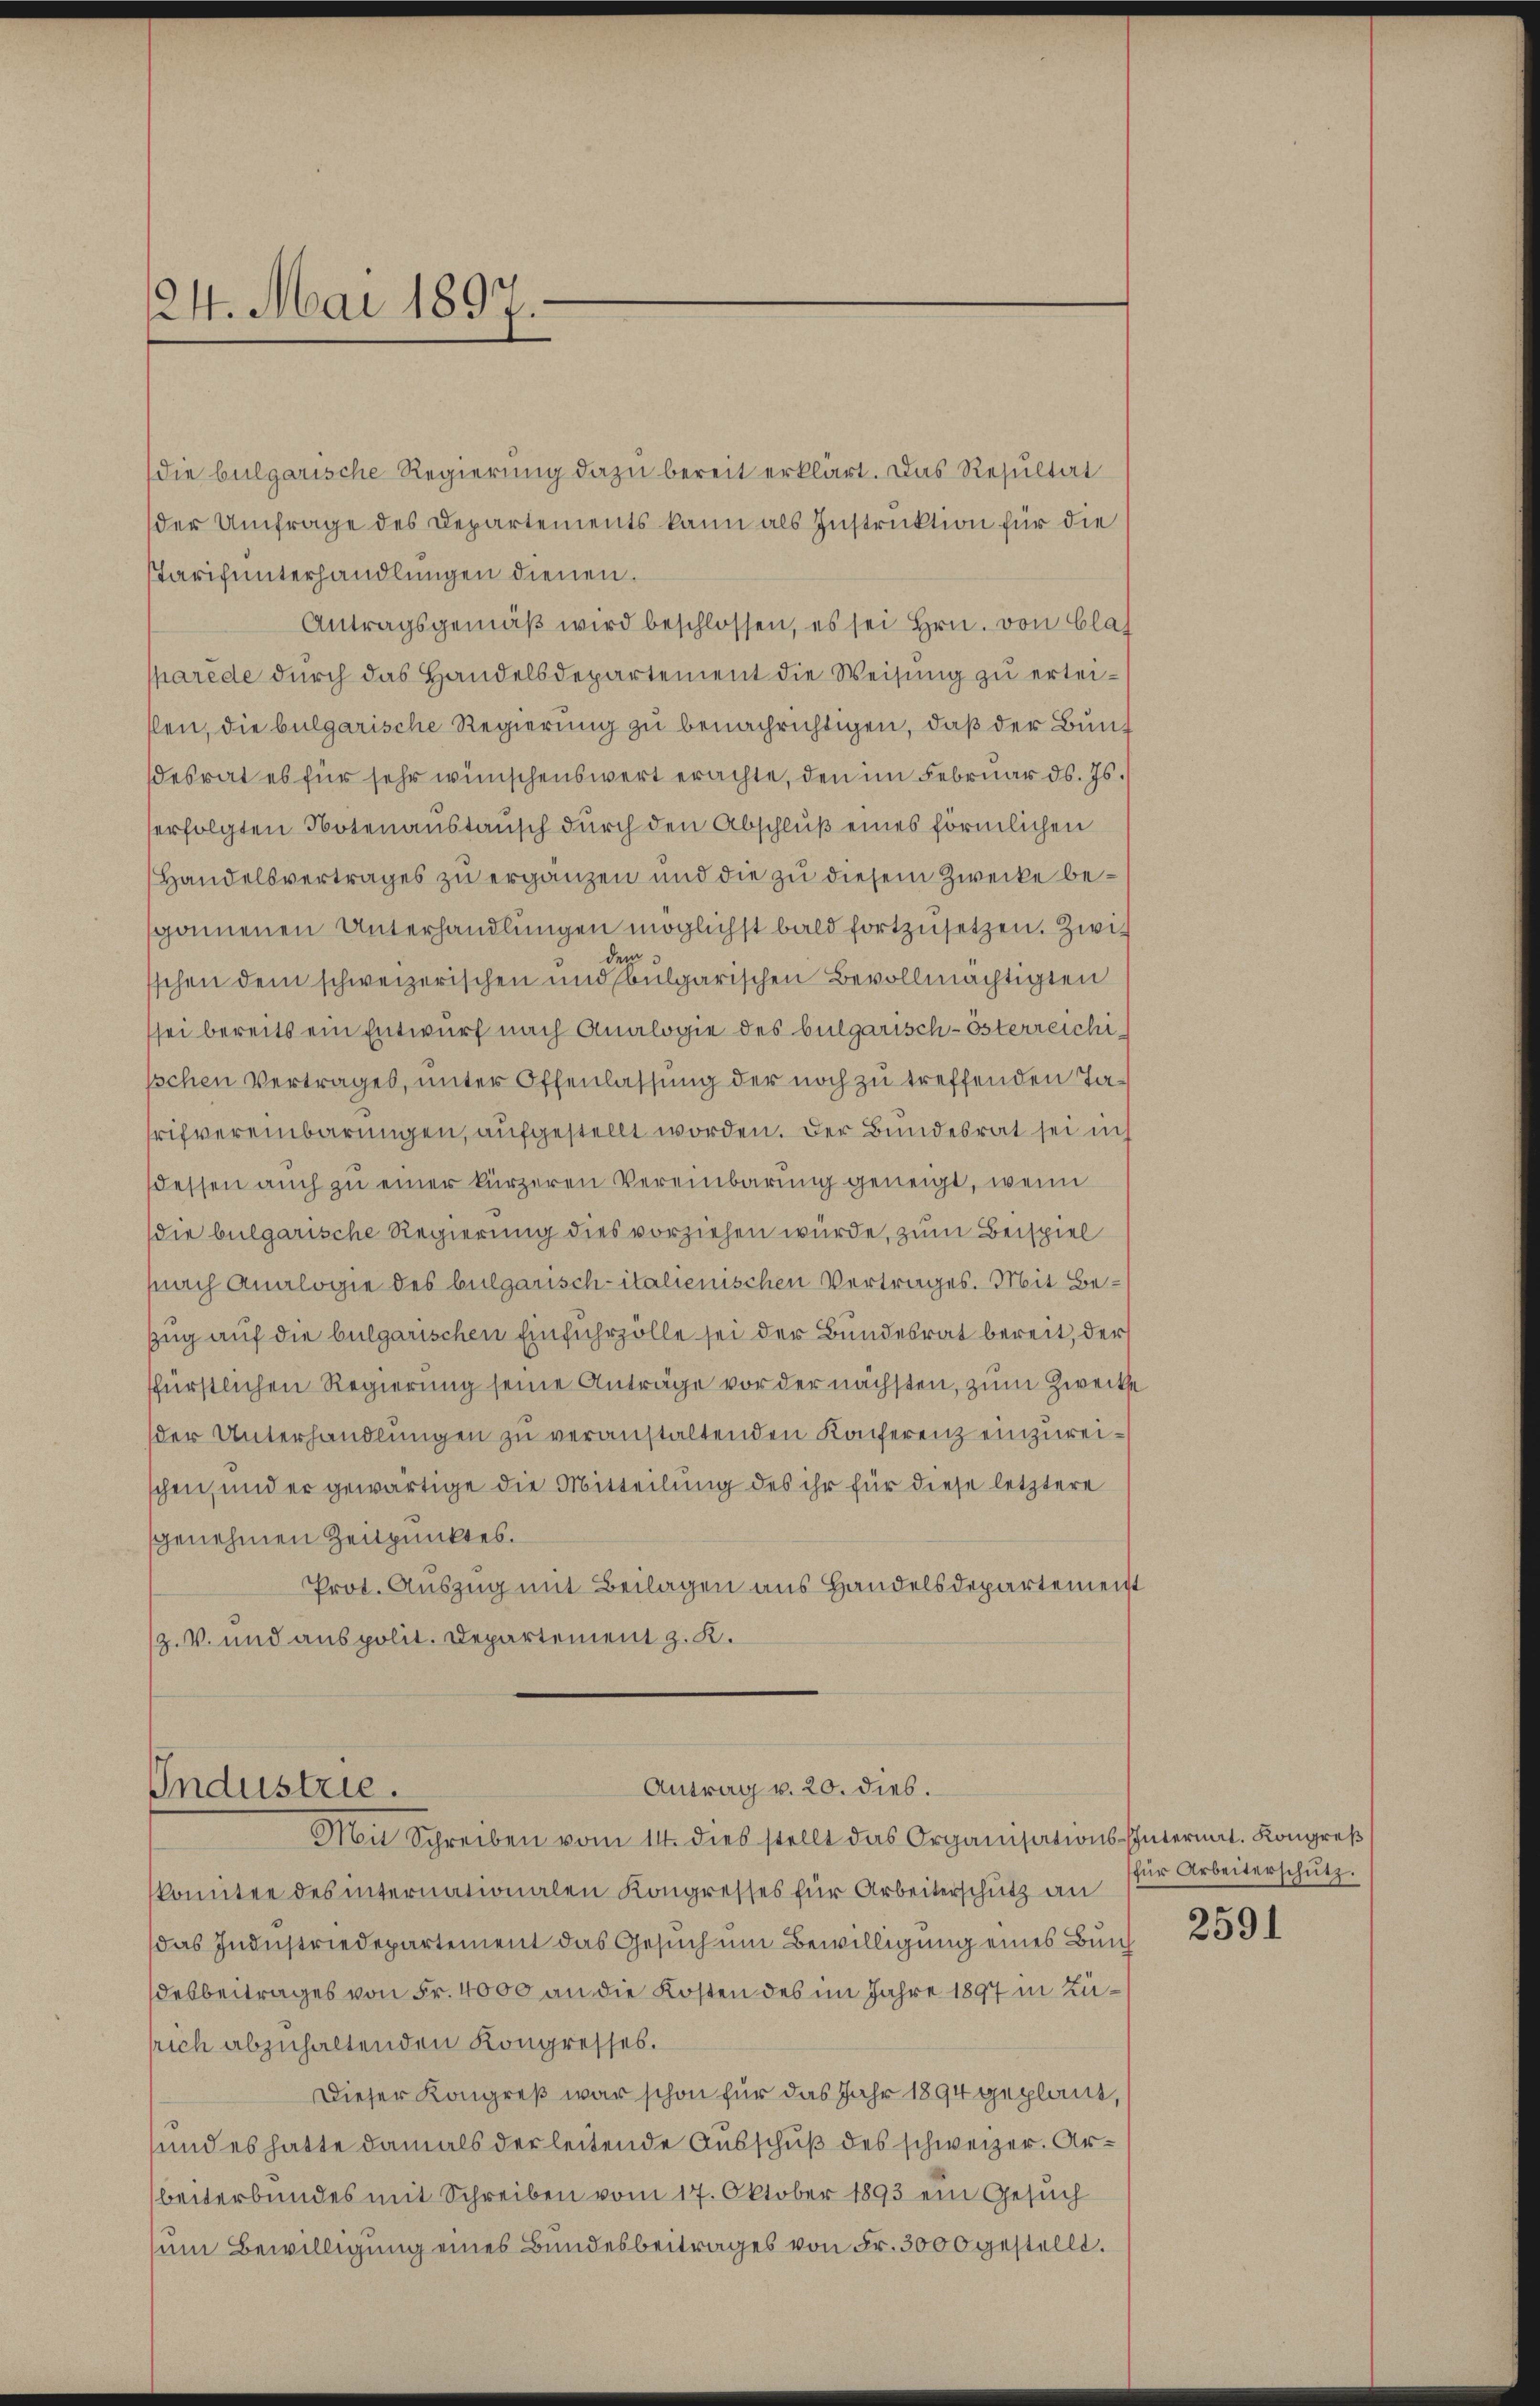
24. Mai 1897.

(die bulgarische Regierung dazu bereit erklärt. Das Resultat
der Umfrage des Departements kann als Instruktion für die
sTarifunterhandlungen dienen.
Antragsgemäβ wird beschlossen, es sei Hrn. von Clas
parède durch das Handelsdepartement die Weisung zu erteislen, die bulgarische Regierung zu benachrichtigen, daß der Bund
desrat es für sehr wünschenswert erachte, den im Februar d. Js.
erfolgten Notenanstausch durch den Abschluß eines förmlichen
Handelsvertrages zu ergänzen und die zu diesem Zwecke begonnenen Unterhandlungen möglichst bald fortzusetzen. Zwider
schen dem schweizerischen und bulgarischen Bevollmächtigten
sei bereits ein Entwurf nach Analogie des bulgarisch-österreichipschen Vertrages, unter Offenlassung der noch zu treffenden Tarifvereinbarungen, aufgestellt worden. Der Bundesrat sei un
dessen auch zu einer kürzeren Vereinbarung geneigt, wenn
die bulgarische Regierung dies vorziehen würde, zum Beispiel
(nach Analogie des bulgarisch-italienischen Vertrages. Mit Bezug auf die bulgarischen Einfuhrzölle sei der Bundesrat bereit, der
ffürstlichen Regierung seine Anträge vor der nächsten, zum Zweckse
der Unterhandlungen zu veranstaltenden Konferenz einzureischen, und er gewärtige die Mitteilung des ihr für diese letztere
genehmen Zeitpunktes.
Prot. Auszug mit Beilagen aus Handelsdepartement
Z. V. und aus polit. Departement z. K.

Antrag v. 20. dies.
Industrie.
Mit Schreiben vom 14. dies stellt das Organisations-Internat. Kongreß

komitee des internationalen Kongresses für Arbeiterschutz an für Arbeiterschutz.
das Industriedepartement das Gesuch um Bewilligung eines Bundesbeitrages von Fr. 4000 an die Kosten des im Jahre 1897 in Kürich abzuhaltenden Kongresses.
Dieser Kongreß war schon für das Jahr 1894 geplant,
sund es hatte damals der leitende Ausschuß des schweizer. Arbeiterbundes mit Schreiben vom 17. Oktober 1893 ein Gesuch
um Bewilligung eines Bundesbeitrages von Fr. 3000 gestellt.

2591